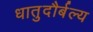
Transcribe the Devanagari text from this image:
धातुदौर्बल्य